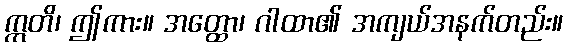
ဣတိ၊ ဤကား။ အတ္ထော၊ ဂါထာ၏ အကျယ်အနက်တည်း။